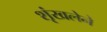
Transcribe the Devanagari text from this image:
शृंखलेने